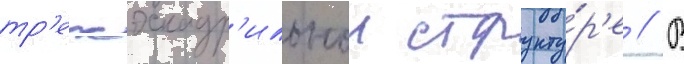
тр'ехэскадр'ильнои структу́р'е // В